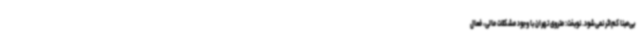
بی‌مبنا کم‌اثر نمی‌شود. نوبخت: متروی تهران با وجود مشکلات مالی، فعال